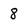
Character: 8